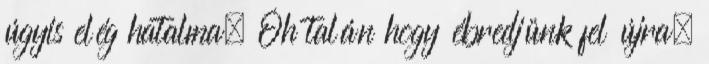
úgyis elég hatalma. Óh talán hogy ébredjünk fel újra.